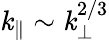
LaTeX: \mathit{k}_{\parallel}\sim\mathit{k}_{\perp}^{2/3}